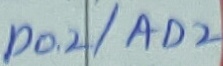
Text: P0.2/AD2